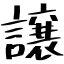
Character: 譲